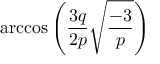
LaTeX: \operatorname { a r c c o s } \left( { \frac { 3 q } { 2 p } } { \sqrt { \frac { - 3 } { p } } } \right)